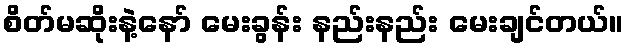
စိတ်မဆိုးနဲ့နော် မေးခွန်း နည်းနည်း မေးချင်တယ်။